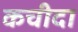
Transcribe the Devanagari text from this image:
कचीदा